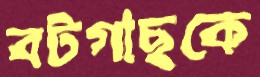
বটগাছকে